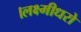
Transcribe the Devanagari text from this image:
।लक्ष्मीधरो